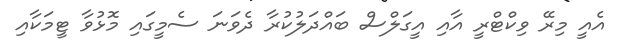
އެއީ މިރޭ ވިކްޓްރީ އާއި އީގަލްސް ބައްދަލުކުރާ ދެވަނަ ސެމީގައި މޮޅުވާ ޓީމަކާއި